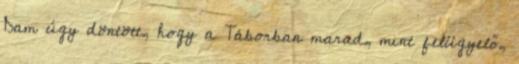
Dam úgy döntött, hogy a Táborban marad, mint felügyelő,